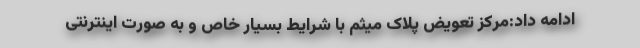
ادامه داد:مرکز تعویض پلاک میثم با شرایط بسیار خاص و به صورت اینترنتی